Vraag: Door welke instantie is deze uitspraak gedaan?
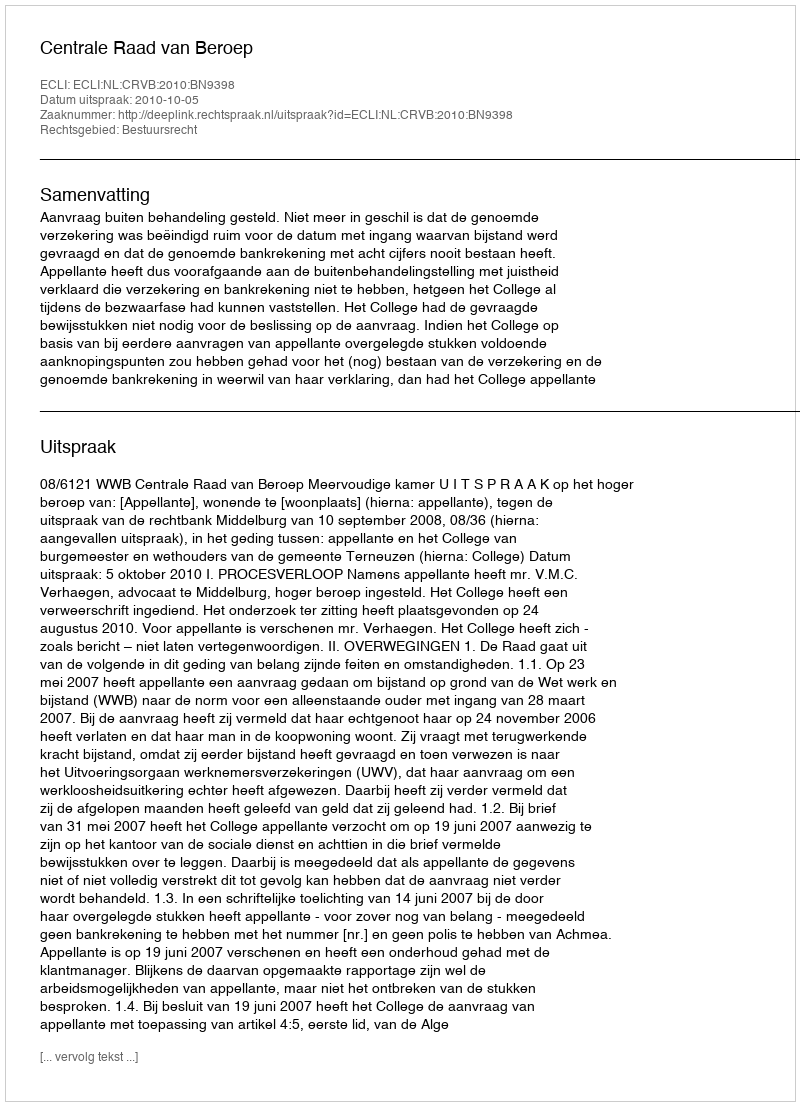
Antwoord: Centrale Raad van Beroep